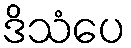
ဒိသံပေ